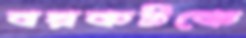
বয়কটকে